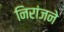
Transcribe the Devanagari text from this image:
निरांजने